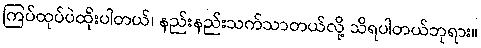
ကြပ်ထုပ်ပဲထိုးပါတယ်၊ နည်းနည်းသက်သာတယ်လို့ သိရပါတယ်ဘုရား။